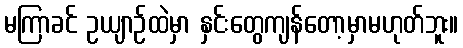
မကြာခင် ဥယျာဉ်ထဲမှာ နှင်းတွေကျန်တော့မှာမဟုတ်ဘူး။